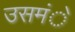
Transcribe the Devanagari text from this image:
उसमंे